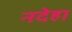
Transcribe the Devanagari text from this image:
नदेहा